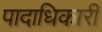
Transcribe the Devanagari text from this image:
पादाधिकारी